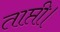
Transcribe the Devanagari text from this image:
ताप्ती।